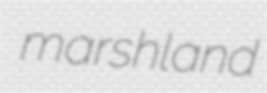
marshland